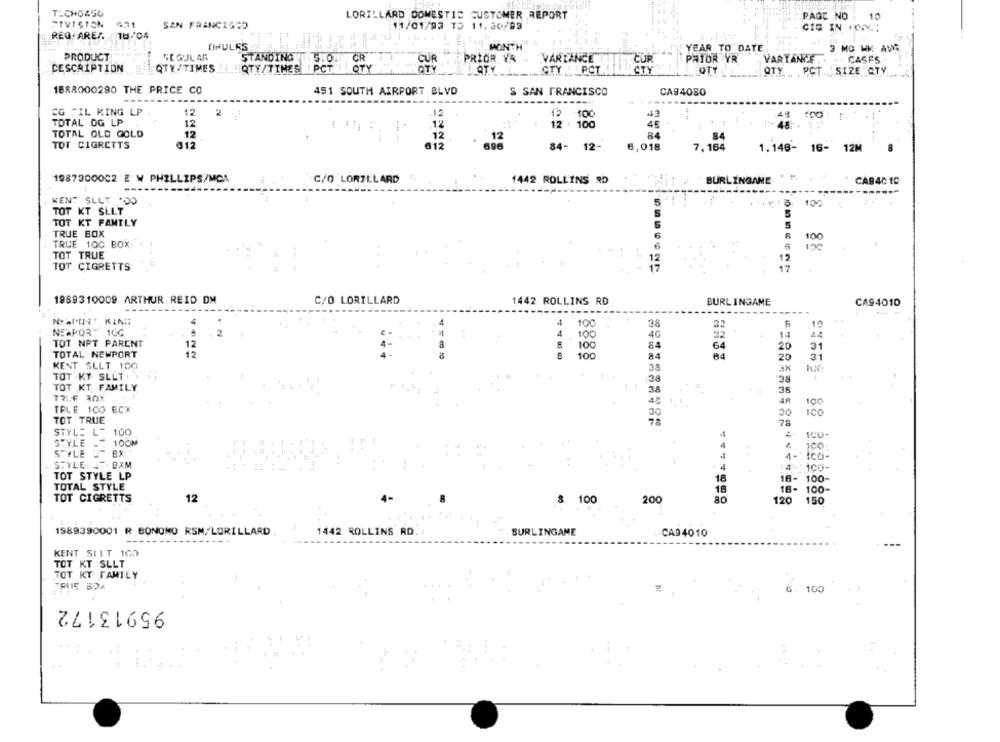
TICHO450
LORILLARD DOMESTIC CUSTOMER REPORT
PAGE NO
10
STVISION
SAN FRANCISCO
11/01/93 T5 11. 30/03
CIG IN (ON;
REG AREA.
18/04
ONULES
MONTH
YEAR TO DATE
3 MO WK AW
PRODUCT
REGULAR
STANDING T 5.0. CR
CUR
PRIOR YR
VARIANCE
CUR
PRIOR YR
VARTANTE. . .. CASES
ČR
OTY
DESCRIPTION
QTY/TIMES.
QTY/TIMES PCT ! OTY
QTY
OTY
CTY ' PCT.
STY
QTY
QTY ... PCT , SIZE QTY
1888000290 THE PRICE CO
451 SOUTH AIRPORT BLVD
S SAN FRANCISCO
CA94080
EG FIL KING LP
12
12 2
12
43
100 1.
TOTAL OG LP
12
12
12 :100
45
TOTAL OLD GOLD
84
12
12
84
TOT CIGRETTS
612
812
84- 12-
6,018
7, 164
1.146- 16- 12M
8
1987300002 E W PHILLIPS/MC1
1442 ROLLINS RD
C/O LORILLARD
BURLINGAME
CAB40 10
KENT SLLT '00
15 100
TOT KT SLLT
TOT KT FAMILY
5
TRUE BOX
TRUE 100 BOX: : 1
100
6
TOT TRUE
12
TOT CIGRETTS
17
1989310009 ARTHUR REID DM
C/O LORILLARD
1442 ROLLINS RD
BURLINGAME
CA94010
4
100
38
6
.19
NEWPORT 10℃
2
4
100
4G
14
TOT NPT PARENT
12
100
84
64
20
31
TOTAL NEWPORT
12
8
100
84
20
31
KENT SLLT 100
38
RC
TOT KY SLLT!
38
TOT KT. FAMILY
3A
36
TRI.€ 30%
OC
TRLE 100 ECX
100
30
TOT TRUE
78
78
STYLE LE 100
4
STYLE
100M
4
ico
STYLE
4- ICO-
STYLE: - BXM
4
:4 100-
TOT STYLE LP
18
16- 100-
TOTAL STYLE
18- 100-
TOT CIGRETTS
12
100
200
80
120
150
1989390001 R BONOMO RSM/LORILLARD
1442 ROLLINS RD.
BURLINGAME
CA94010
KENT SILT 100
TOT KT SLLT
TOT KT FAMILY
100
95913172